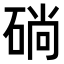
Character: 𥓡